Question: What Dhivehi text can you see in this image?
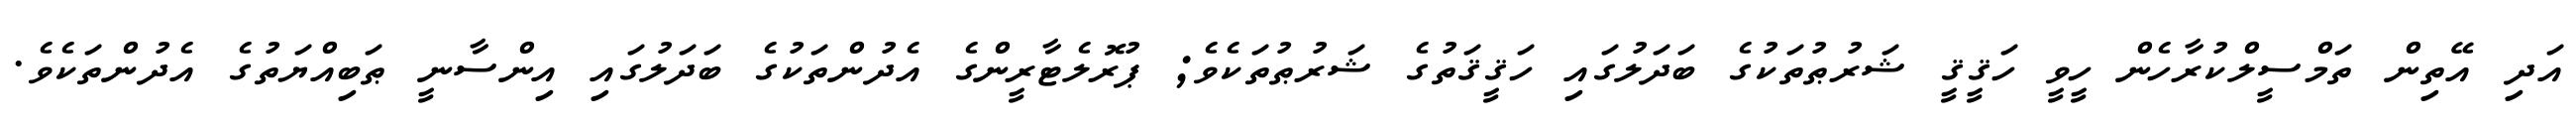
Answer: އަދި އޭތިން ތަމްސީލްކުރާހެން ހީވީ ހަޤީޤީ ޝަރުޠުތަކުގެ ބަދަލުގައި ހަޤީޤަތުގެ ޝަރުޠުތަކެވެ; ޕުރޮލެޓާރީންގެ އެދުންތަކުގެ ބަދަލުގައި އިންސާނީ ޠަބިއްޔަތުގެ އެދުންތަކެވެ.